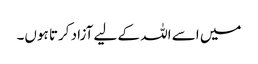
میں اسے اللہ کے لیے آزاد کرتا ہوں۔